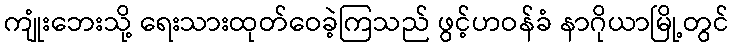
ကျုံးဘေးသို့ ရေးသားထုတ်ဝေခဲ့ကြသည် ဖွင့်ဟဝန်ခံ နာဂိုယာမြို့တွင်